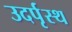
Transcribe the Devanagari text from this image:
उदर्पृस्थ